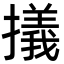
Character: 㩘